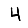
Digit: 4